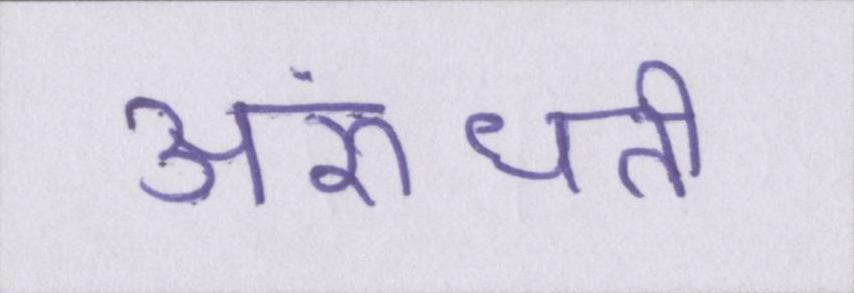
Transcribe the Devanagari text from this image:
अरुंधती